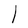
Character: l